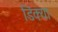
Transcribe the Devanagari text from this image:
डिंक्या